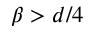
\beta > d / 4